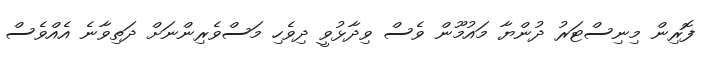
ފޮރިން މިނިސްޓަރު ދުންޔާ މައުމޫން ވެސް ވިދާޅުވީ ދިވެހި މަސްވެރިންނަށް ދަތިވާނެ އެއްވެސް